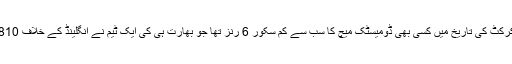
واضح رہے کہ کرکٹ کی تاريخ ميں کسی بھی ڈوميسٹک ميچ کا سب سے کم سکور 6 رنز تھا جو بھارت ہی کی ايک ٹيم نے انگلينڈ کے خلاف 1810ء ميں بنايا تھا۔